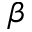
\beta